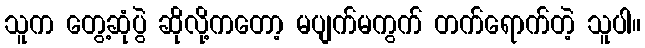
သူက တွေ့ဆုံပွဲ ဆိုလို့ကတော့ မပျက်မကွက် တက်ရောက်တဲ့ သူပါ။